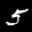
Label: 5